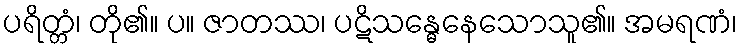
ပရိတ္တံ၊ တို၏။ ပ။ ဇာတဿ၊ ပဋိသန္ဓေနေသောသူ၏။ အမရဏံ၊